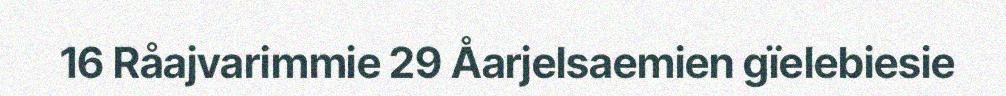
16 Råajvarimmie 29 Åarjelsaemien gïelebiesie